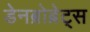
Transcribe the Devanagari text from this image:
डेनब्रोब्रेट्स